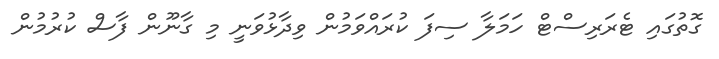
ގޮތުގައި ޓެރަރިސްޓް ހަމަލާ ސިފަ ކުރައްވަމުން ވިދާޅުވަނީ މި ގާނޫން ފާސް ކުރުމުން